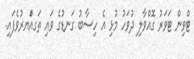
ޓްވިން ޓަވަރު ގޮއްވާލި ދުވަހު މުޅި އެ ހިސާބު ގަނޑުގެ ވައި ތަގއްަޔރުވެފައި.